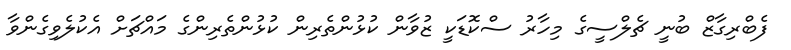
ފެބްރިގާޒް ބުނީ ޗެލްސީގެ މިހާރު ސްކޮޑަކީ ޒުވާން ކުޅުންތެރިން ކުޅުންތެރިންގެ މައްޗަށް އެކުލެވިގެންވާ